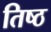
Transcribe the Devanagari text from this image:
तिष्ठ